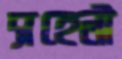
সহেলী